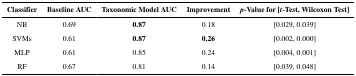
<table><thead><tr><td><b>Classifier</b></td><td><b>Baseline AUC</b></td><td><b>Taxonomic Model AUC</b></td><td><b>Improvement</b></td><td><b><i>p</i>-Value for [<i>t</i>-Test, Wilcoxon Test]</b></td></tr></thead><tbody><tr><td>NB</td><td>0.69</td><td><b>0.87</b></td><td>0.18</td><td>[0.029, 0.039]</td></tr><tr><td>SVMs</td><td>0.61</td><td><b>0.87</b></td><td><b>0.26</b></td><td>[0.002, 0.000]</td></tr><tr><td>MLP</td><td>0.61</td><td>0.85</td><td>0.24</td><td>[0.004, 0.001]</td></tr><tr><td>RF</td><td>0.67</td><td>0.81</td><td>0.14</td><td>[0.039, 0.048]</td></tr></tbody></table>